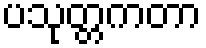
ပသုတ္တကတာ